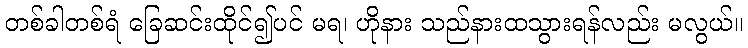
တစ်ခါတစ်ရံ ခြေဆင်းထိုင်၍ပင် မရ၊ ဟိုနား သည်နားထသွားရန်လည်း မလွယ်။